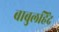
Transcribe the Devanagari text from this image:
बाबुलहिंद